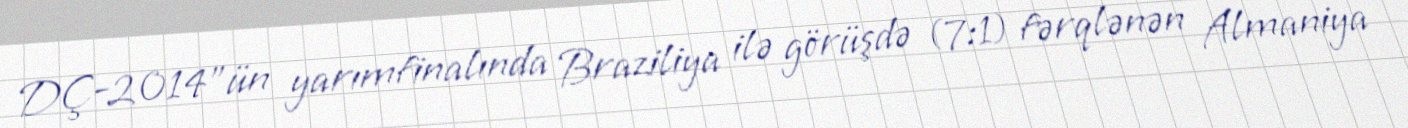
DÇ-2014"ün yarımfinalında Braziliya ilə görüşdə (7:1) fərqlənən Almaniya